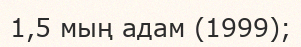
1,5 мың адам (1999);